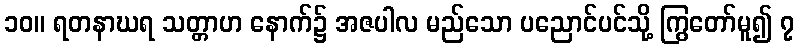
၁၀။ ရတနာဃရ သတ္တာဟ နောက်၌ အဇပါလ မည်သော ပညောင်ပင်သို့ ကြွတော်မူ၍ ၇